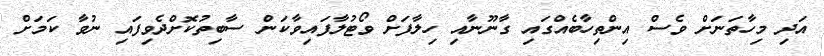
އަދި މިހާތަނަށް ވެސް އިންތިހާބެއްގައި ގާނޫނާއި ހިލާފަށް ވޯޓުލާފައިވާކަން ސާބިތުކޮށްދެވިފައި ނުވާ ކަމަށް